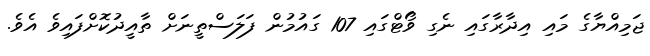
ޖަމިއްޔާގެ މައި އިދާރާގައި ނެގި ވޯޓްގައި 107 ގައުމުން ފަލަސްތީނަށް ތާއީދުކޮށްފައިވެ އެވެ.